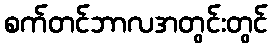
စက်တင်ဘာလအတွင်းတွင်